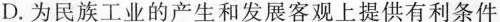
D.为民族工业的产生和发展客观上提供有利条件